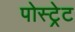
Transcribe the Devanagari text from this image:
पोस्ट्रेट